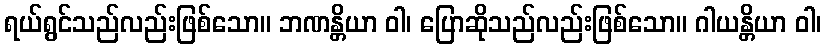
ရယ်ရွင်သည်လည်းဖြစ်သော။ ဘဏန္တိယာ ဝါ၊ ပြောဆိုသည်လည်းဖြစ်သော။ ဂါယန္တိယာ ဝါ၊